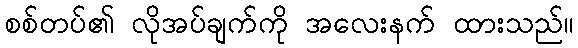
စစ်တပ်၏ လိုအပ်ချက်ကို အလေးနက် ထားသည်။